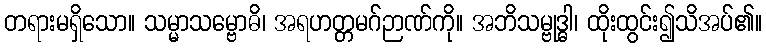
တရားမရှိသော။ သမ္မာသမ္ဗောဓိ၊ အရဟတ္တမဂ်ဉာဏ်ကို။ အဘိသမ္ဗုဒ္ဓါ၊ ထိုးထွင်း၍သိအပ်၏။